Vaccination in the Punjab 1897-1904 - 1897-1904
Year: 1897
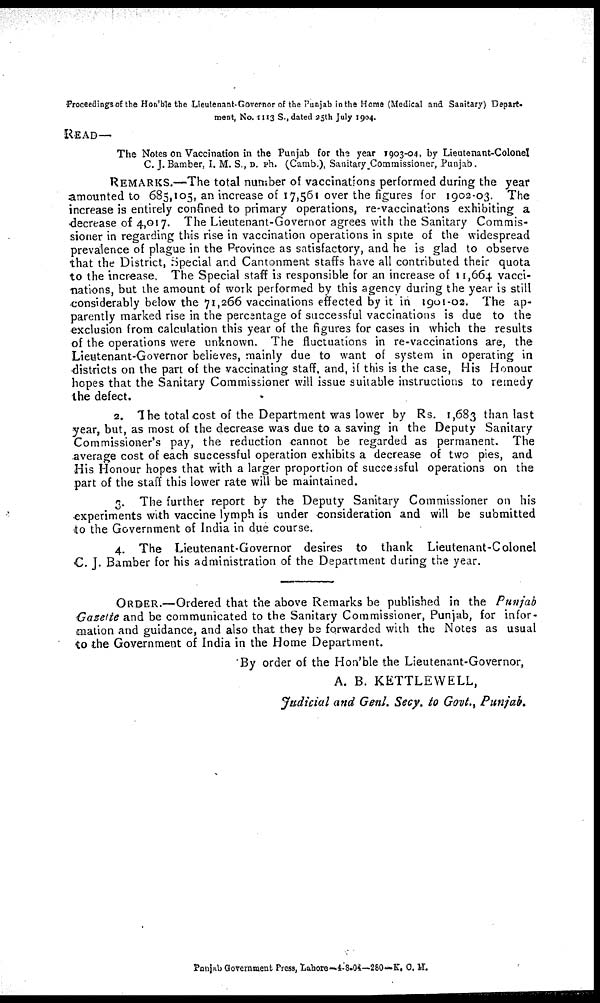
Proceedings of the Hon'ble the Lieutenant-Governor of the Punjab in the Home (Medical and Sanitary) Depart-
ment, No. 1113 S., dated 25th July 1904.
READ—
The Notes on Vaccination in the Punjab for the year 1903-04, by Lieutenant-Colonel
C. J. Bamber, I. M. S., D. ph. (Camb.), Sanitary Commissioner, Punjab.
REMARKS.—The total number of vaccinations performed during the year
amounted to 685,105, an increase of 17,561 over the figures for 1902-03. The
increase is entirely confined to primary operations, re-vaccinations exhibiting a
decrease of 4,017. The Lieutenant-Governor agrees with the Sanitary Commis-
sioner in regarding this rise in vaccination operations in spite of the widespread
prevalence of plague in the Province as satisfactory, and he is glad to observe
that the District, Special and Cantonment staffs have all contributed their quota
to the increase. The Special staff is responsible for an increase of 11,664 vacci-
nations, but the amount of work performed by this agency during the year is still
considerably below the 71,266 vaccinations effected by it in 1901-02. The ap-
parently marked rise in the percentage of successful vaccinations is due to the
exclusion from calculation this year of the figures for cases in which the results
of the operations were unknown. The fluctuations in re-vaccinations are, the
Lieutenant-Governor believes, mainly due to want of system in operating in
districts on the part of the vaccinating staff, and, if this is the case, His Honour
hopes that the Sanitary Commissioner will issue suitable instructions to remedy
the defect.
2. The total cost of the Department was lower by Rs. 1,683 than last
year, but, as most of the decrease was due to a saving in the Deputy Sanitary
Commissioner's pay, the reduction cannot be regarded as permanent. The
average cost of each successful operation exhibits a decrease of two pies, and
His Honour hopes that with a larger proportion of successful operations on the
part of the staff this lower rate will be maintained.
3. The further report by the Deputy Sanitary Commissioner on his
experiments with vaccine lymph is under consideration and will be submitted
to the Government of India in due course.
4. The Lieutenant-Governor desires to thank Lieutenant-Colonel
C. J. Bamber for his administration of the Department during the year.
ORDER.—Ordered that the above Remarks be published in the Punjab
Gazette and be communicated to the Sanitary Commissioner, Punjab, for infor-
mation and guidance, and also that they be forwarded with the Notes as usual
to the Government of India in the Home Department.
By order of the Hon'ble the Lieutenant-Governor,
A. B. KETTLEWELL,
Judicial and Genl. Secy. to Govt., Punjab.
Punjab Government Press, Lahore—4-8.04—280—K. C. M.